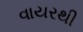
વાયરથી